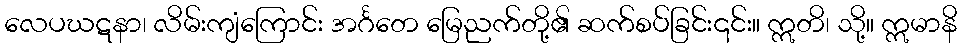
လေပဃဋနာ၊ လိမ်းကျံကြောင်း အင်္ဂတေ မြေညက်တို့၏ ဆက်စပ်ခြင်း၎င်း။ ဣတိ၊ သို့။ ဣမာနိ